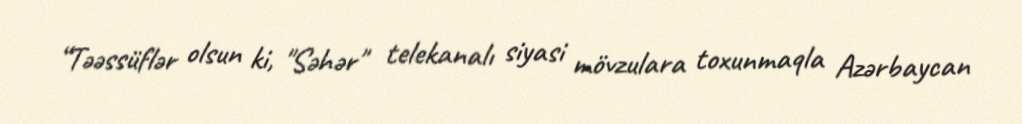
“Təəssüflər olsun ki, "Səhər" telekanalı siyasi mövzulara toxunmaqla Azərbaycan